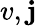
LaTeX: v,\mathbf{j}